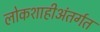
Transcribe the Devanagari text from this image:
लोकशाहीअंतर्गत